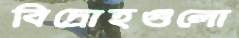
বিদ্রোহগুলো